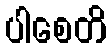
ပါစေတိ